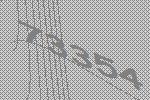
73354